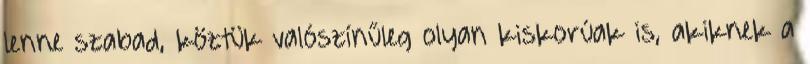
lenne szabad, köztük valószínűleg olyan kiskorúak is, akiknek a